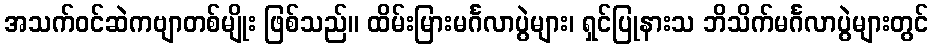
အသက်ဝင်ဆဲကဗျာတစ်မျိုး ဖြစ်သည်။ ထိမ်းမြားမင်္ဂလာပွဲများ၊ ရှင်ပြုနားသ ဘိသိက်မင်္ဂလာပွဲများတွင်